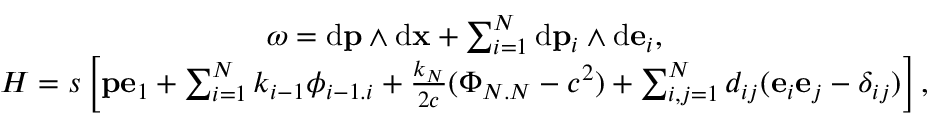
\begin{array} { c } { { \omega = \mathrm { d } { \bf p } \wedge \mathrm { d } { \bf x } + \sum _ { i = 1 } ^ { N } \mathrm { d } { \bf p } _ { i } \wedge \mathrm { d } { \bf e } _ { i } , } } \\ { { { \cal H } = { s } \left[ { \bf p } { \bf e } _ { 1 } + \sum _ { i = 1 } ^ { N } { k } _ { i - 1 } { \phi } _ { i - 1 . i } + \frac { { k } _ { N } } { 2 c } ( { \Phi } _ { N . N } - c ^ { 2 } ) + \sum _ { i , j = 1 } ^ { N } d _ { i j } ( { \bf e } _ { i } { \bf e } _ { j } - \delta _ { i j } ) \right] , } } \end{array}